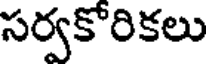
సర్వకోరికలు